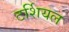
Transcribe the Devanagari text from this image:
टर्शियल